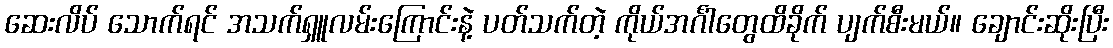
ဆေးလိပ် သောက်ရင် အသက်ရှူလမ်းကြောင်းနဲ့ ပတ်သက်တဲ့ ကိုယ်အင်္ဂါတွေထိခိုက် ပျက်စီးမယ်။ ချောင်းဆိုးပြီး